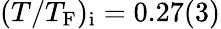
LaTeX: (T/T_{\mathrm{F}})_{\mathrm{i}}=0.27(3)